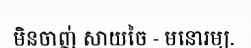
មិនចាញ់ សាយចៃ - មនោរម្យ.